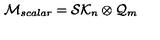
{ \cal M } _ { s c a l a r } = { \cal S K } _ { n } \otimes { \cal Q } _ { m }